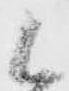
候